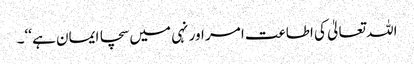
اللہ تعالیٰ کی اطاعت امر اور نہی میں سچا ایمان ہے ‘‘۔